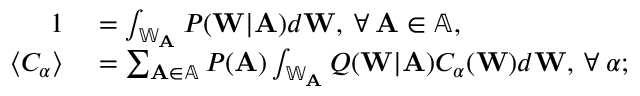
\begin{array} { r l } { 1 } & { { } = \int _ { \mathbb { W } _ { \mathbf { A } } } P ( \mathbf { W } | \mathbf { A } ) d \mathbf { W } , \: \forall \: \mathbf { A } \in \mathbb { A } , } \\ { \langle C _ { \alpha } \rangle } & { { } = \sum _ { \mathbf { A } \in \mathbb { A } } P ( \mathbf { A } ) \int _ { \mathbb { W } _ { \mathbf { A } } } Q ( \mathbf { W } | \mathbf { A } ) C _ { \alpha } ( \mathbf { W } ) d \mathbf { W } , \: \forall \: \alpha ; } \end{array}